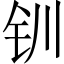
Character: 钏